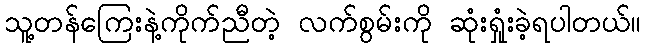
သူ့တန်ကြေးနဲ့ကိုက်ညီတဲ့ လက်စွမ်းကို ဆုံးရှုံးခဲ့ရပါတယ်။